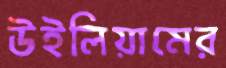
উইলিয়ামের